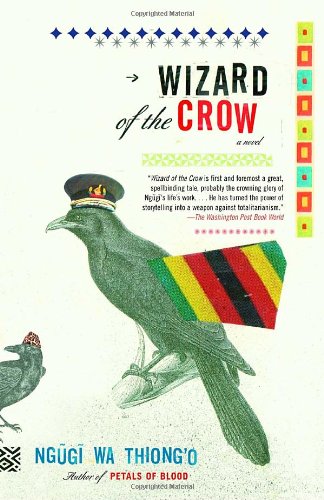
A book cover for Wizard of the Crow; Ngugi wa Thiong'o; Literature & Fiction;